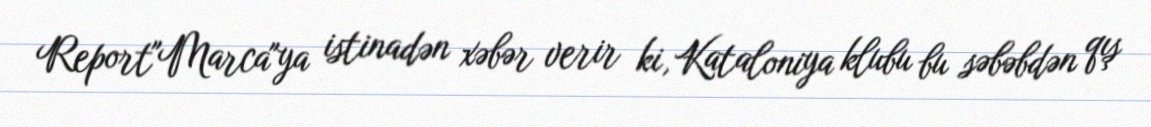
Report"Marca"ya istinadən xəbər verir ki, Kataloniya klubu bu səbəbdən qış